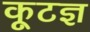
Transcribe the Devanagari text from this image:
कूटज्ञ